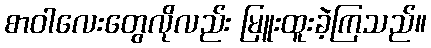
စာဝါလေးတွေလိုလည်း မြူးထူးခဲ့ကြသည်။